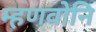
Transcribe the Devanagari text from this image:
म्हणवोनि